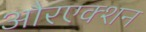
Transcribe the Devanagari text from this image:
औरएक्शन